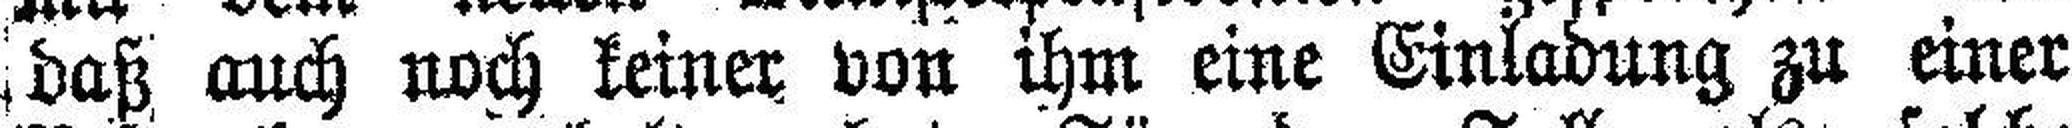
daß auch noch keiner von ihm eine Einladung zu einer